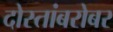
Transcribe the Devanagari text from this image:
दोस्तांबरोबर